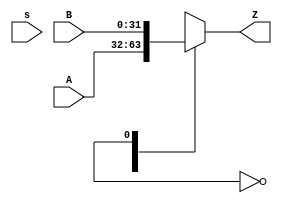
module mux2to1Nbit(
input wire [N - 1:0] A,
input wire [N - 1:0] B,
input wire s,
output reg [N - 1:0] Z
);

parameter [31:0] N = 32;




  always @(a, b, S) begin
    case(S)
    1'b0 : begin
      Z <= A;
    end
    1'b1 : begin
      Z <= B;
    end
    default : begin
      Z <= A;
    end
    endcase
  end


endmodule